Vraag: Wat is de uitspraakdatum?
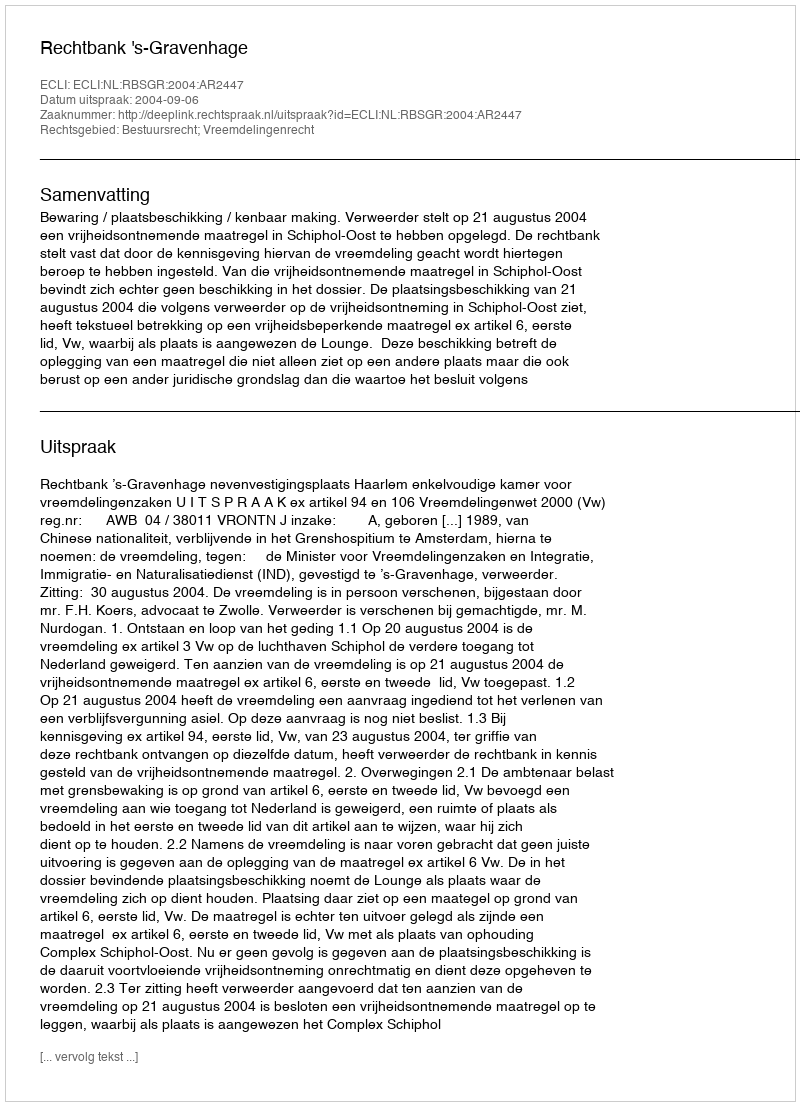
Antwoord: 2004-09-06